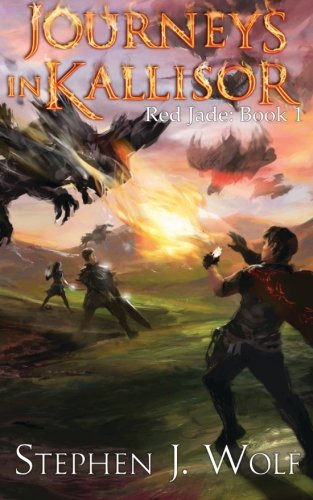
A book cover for Red Jade: Book 1: Journeys In Kallisor (Volume 1); Stephen J. Wolf; Science Fiction & Fantasy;